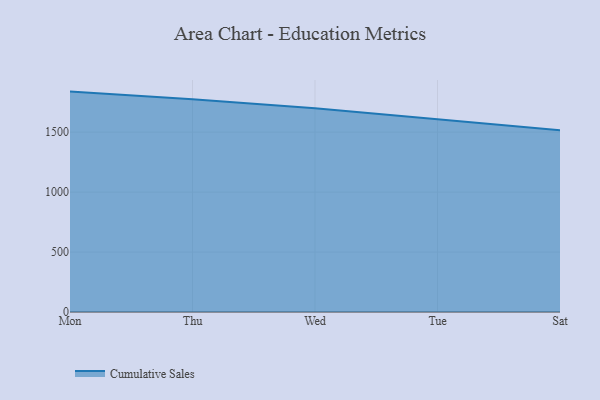
{"axis": {"x": "Day", "y": "Budget (USD K)"}, "legend": ["Cumulative Sales"], "data": [{"x": "Mon", "y": 1838.4, "type": "Cumulative Sales"}, {"x": "Thu", "y": 1774.6, "type": "Cumulative Sales"}, {"x": "Wed", "y": 1699.4, "type": "Cumulative Sales"}, {"x": "Tue", "y": 1607.7, "type": "Cumulative Sales"}, {"x": "Sat", "y": 1515.4, "type": "Cumulative Sales"}]}